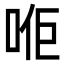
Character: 𠳔